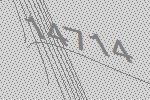
14714